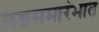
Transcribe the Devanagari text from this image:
लग्नसमारंभात